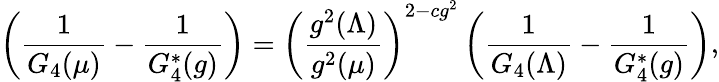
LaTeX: \left(\frac{1}{G_{4}(\mu)}-\frac{1}{G_{4}^{*}(g)}\right)=\left(\frac{g^{2}(\Lambda)}{g^{2}(\mu)}\right)^{2-cg^{2}}\left(\frac{1}{G_{4}(\Lambda)}-\frac{1}{G_{4}^{*}(g)}\right),